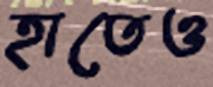
হাতেও